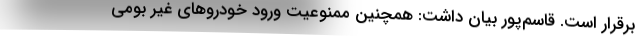
برقرار است. قاسم‌پور بیان داشت: همچنین ممنوعیت ورود خودروهای غیر بومی